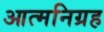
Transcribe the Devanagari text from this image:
आत्मनिग्रह